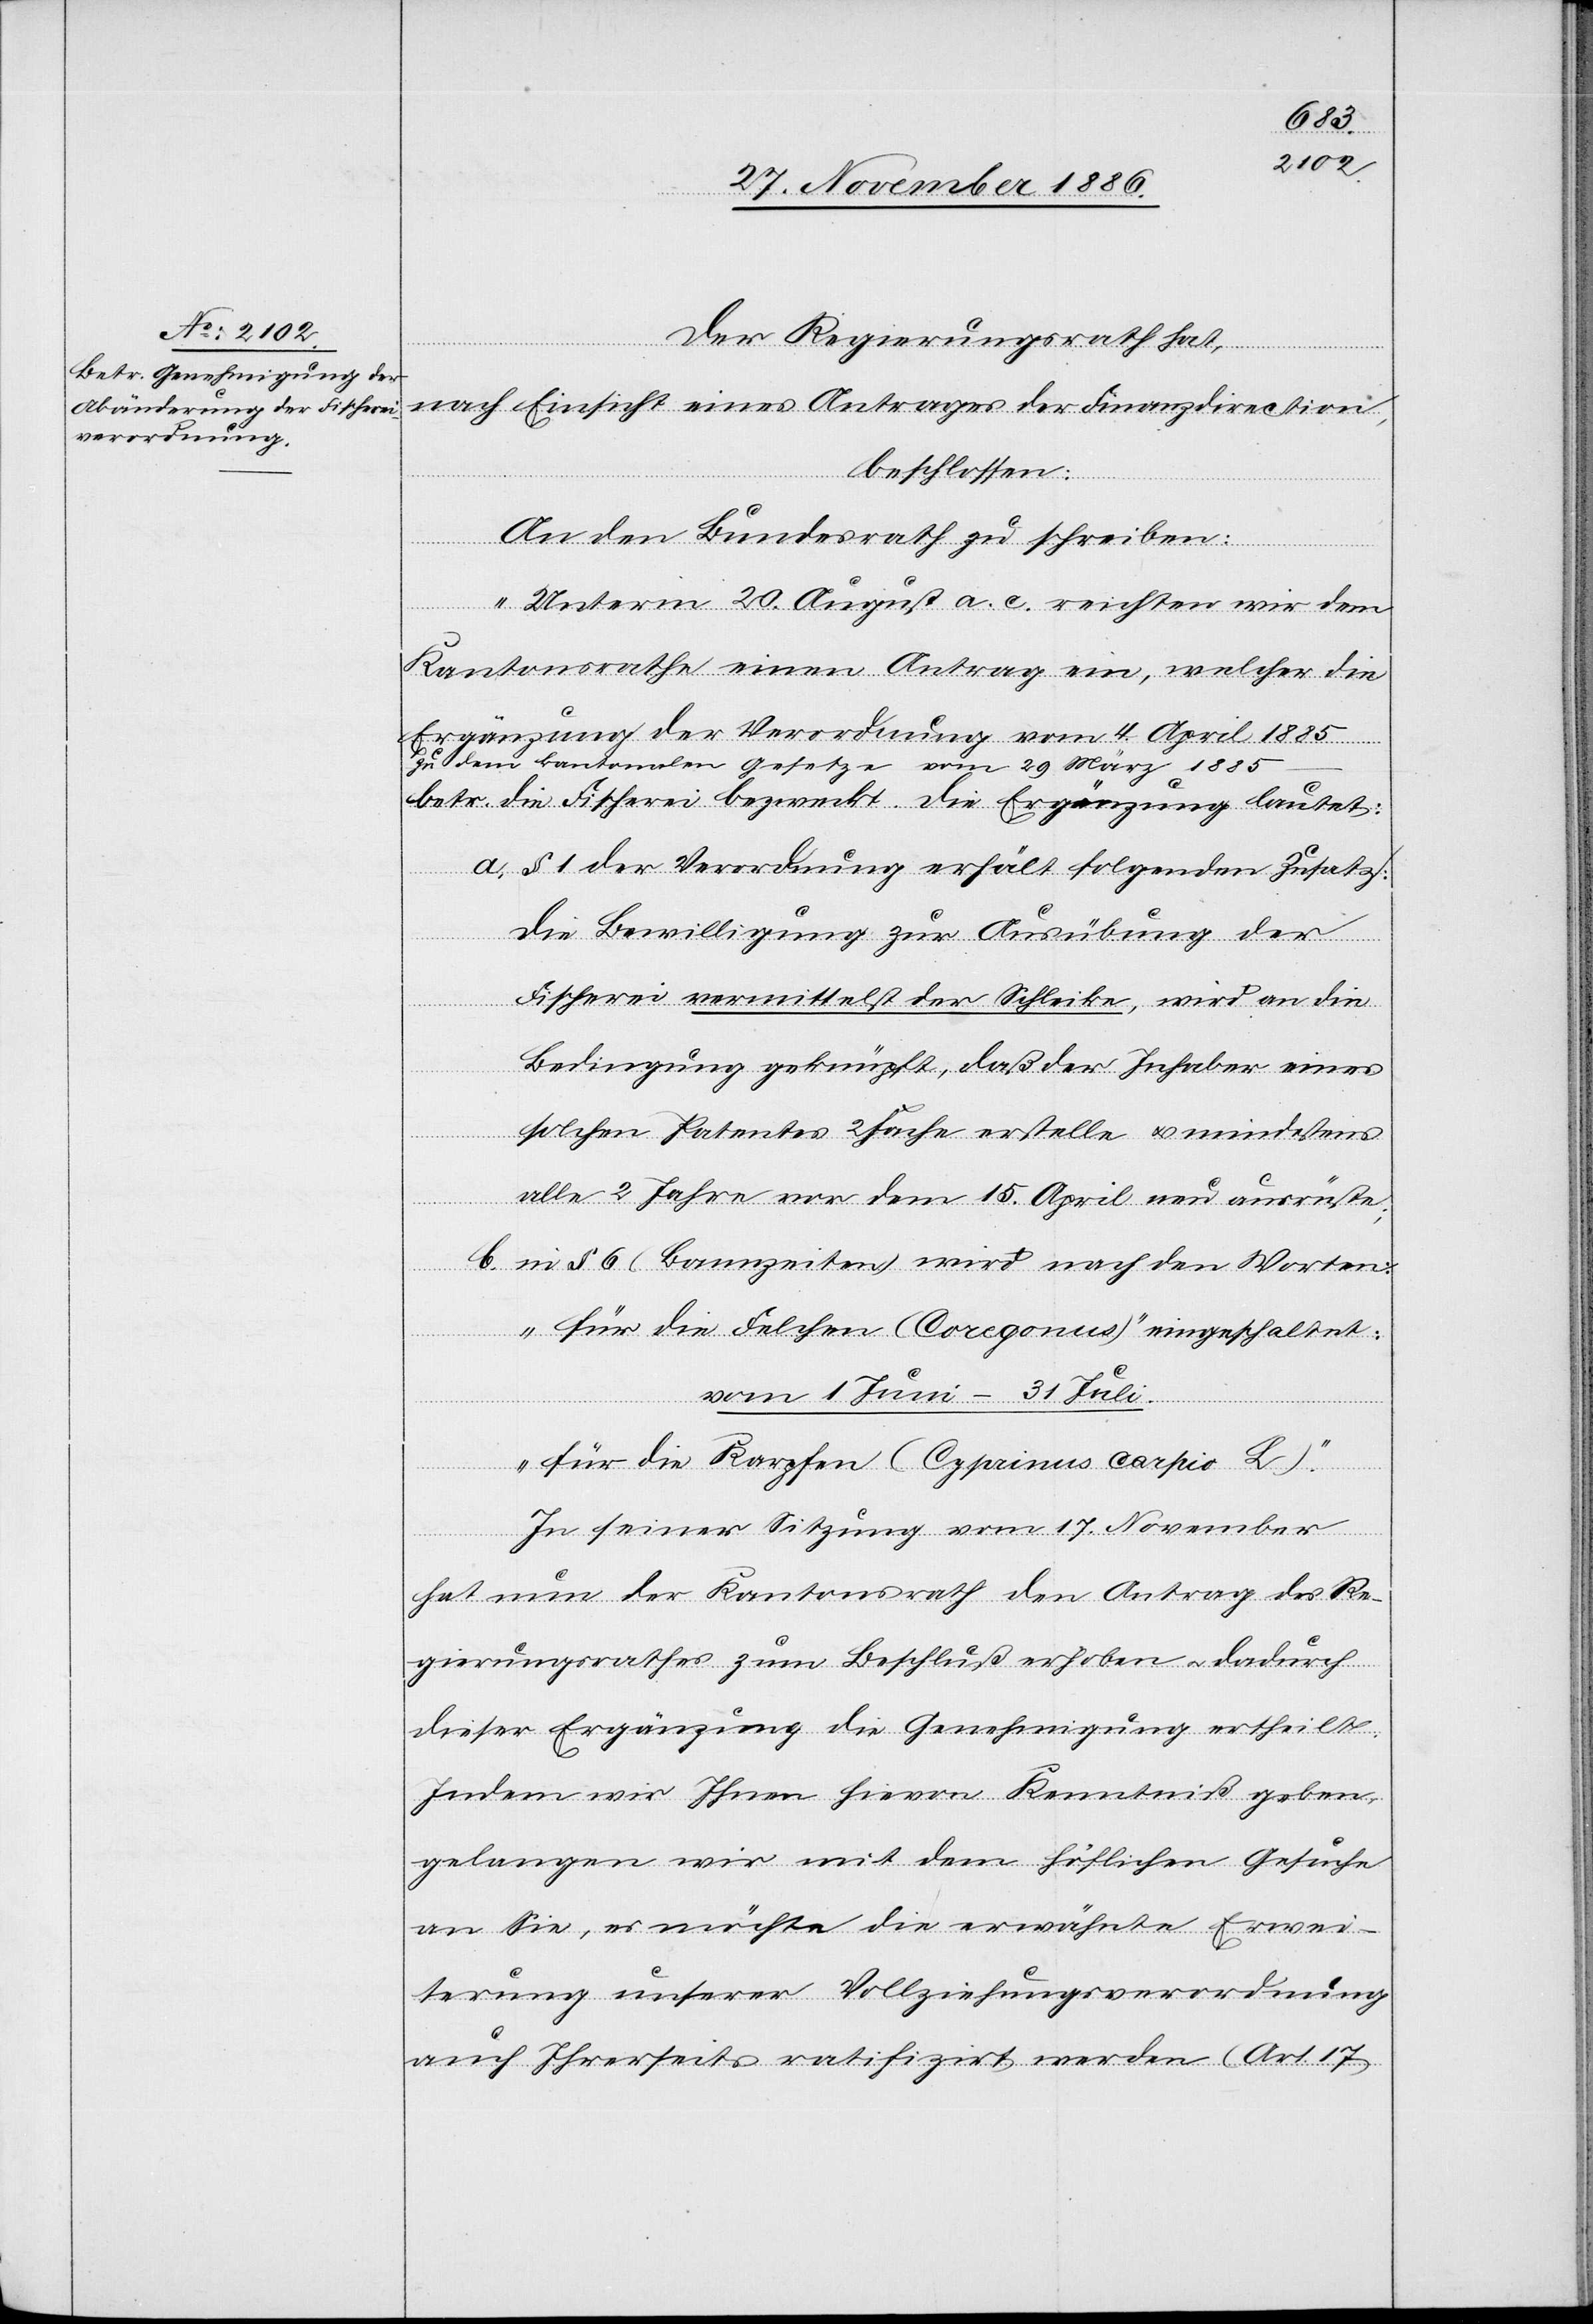
Der Regierungsrath hat,
nach Einsicht eines Antrages der Finanzdirection,
beschlossen:
An den Bundesrath zu schreiben:
„Unterm 20. August a. c. reichten wir dem
Kantonsrathe einen Antrag ein, welcher die
Ergänzung der Verordnung vom 4. April 1885
zu dem kantonalen Gesetze vom 29. März 1885
betr. die Fischerei bezweckt. Die Ergänzung lautet:
a. § 1 der Verordnung erhält folgenden Zusatz:
Die Bewilligung zur Ausübung der
Fischerei vermittelst der Schleike, wird an die
Bedingung geknüpft, daß der Inhaber eines
solchen Patentes 2 Fache erstelle & mindestens
alle 2 Jahre vor dem 15. April neu ausrüste;
b. in § 6 (Bannzeiten) wird nach den Worten:
„für die Felchen (Coregonus)“ eingeschaltet:
vom 1. Juni–31. Juli.
„für die Karpfen (Cyprinus carpio L).“
In seiner Sitzung vom 17. November
hat nun der Kantonsrath den Antrag des Re¬
gierungsrathes zum Beschluß erhoben & dadurch
dieser Ergänzung die Genehmigung ertheilt.
Indem wir Ihnen hievon Kenntniß geben,
gelangen wir mit dem höflichen Gesuche
an Sie, es möchte die erwähnte Erwei¬
terung unserer Vollziehungsverordnung
auch Ihrerseits ratifizirt werden (Art. 17